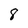
Character: 8